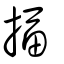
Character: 揊